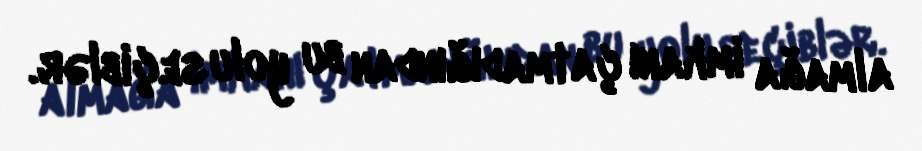
almağa imkanı çatmadığından bu yolu seçiblər.